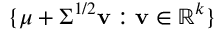
\{ { \boldsymbol { \mu } } + { \boldsymbol { \Sigma ^ { 1 / 2 } } } \mathbf { v } : \mathbf { v } \in \mathbb { R } ^ { k } \}